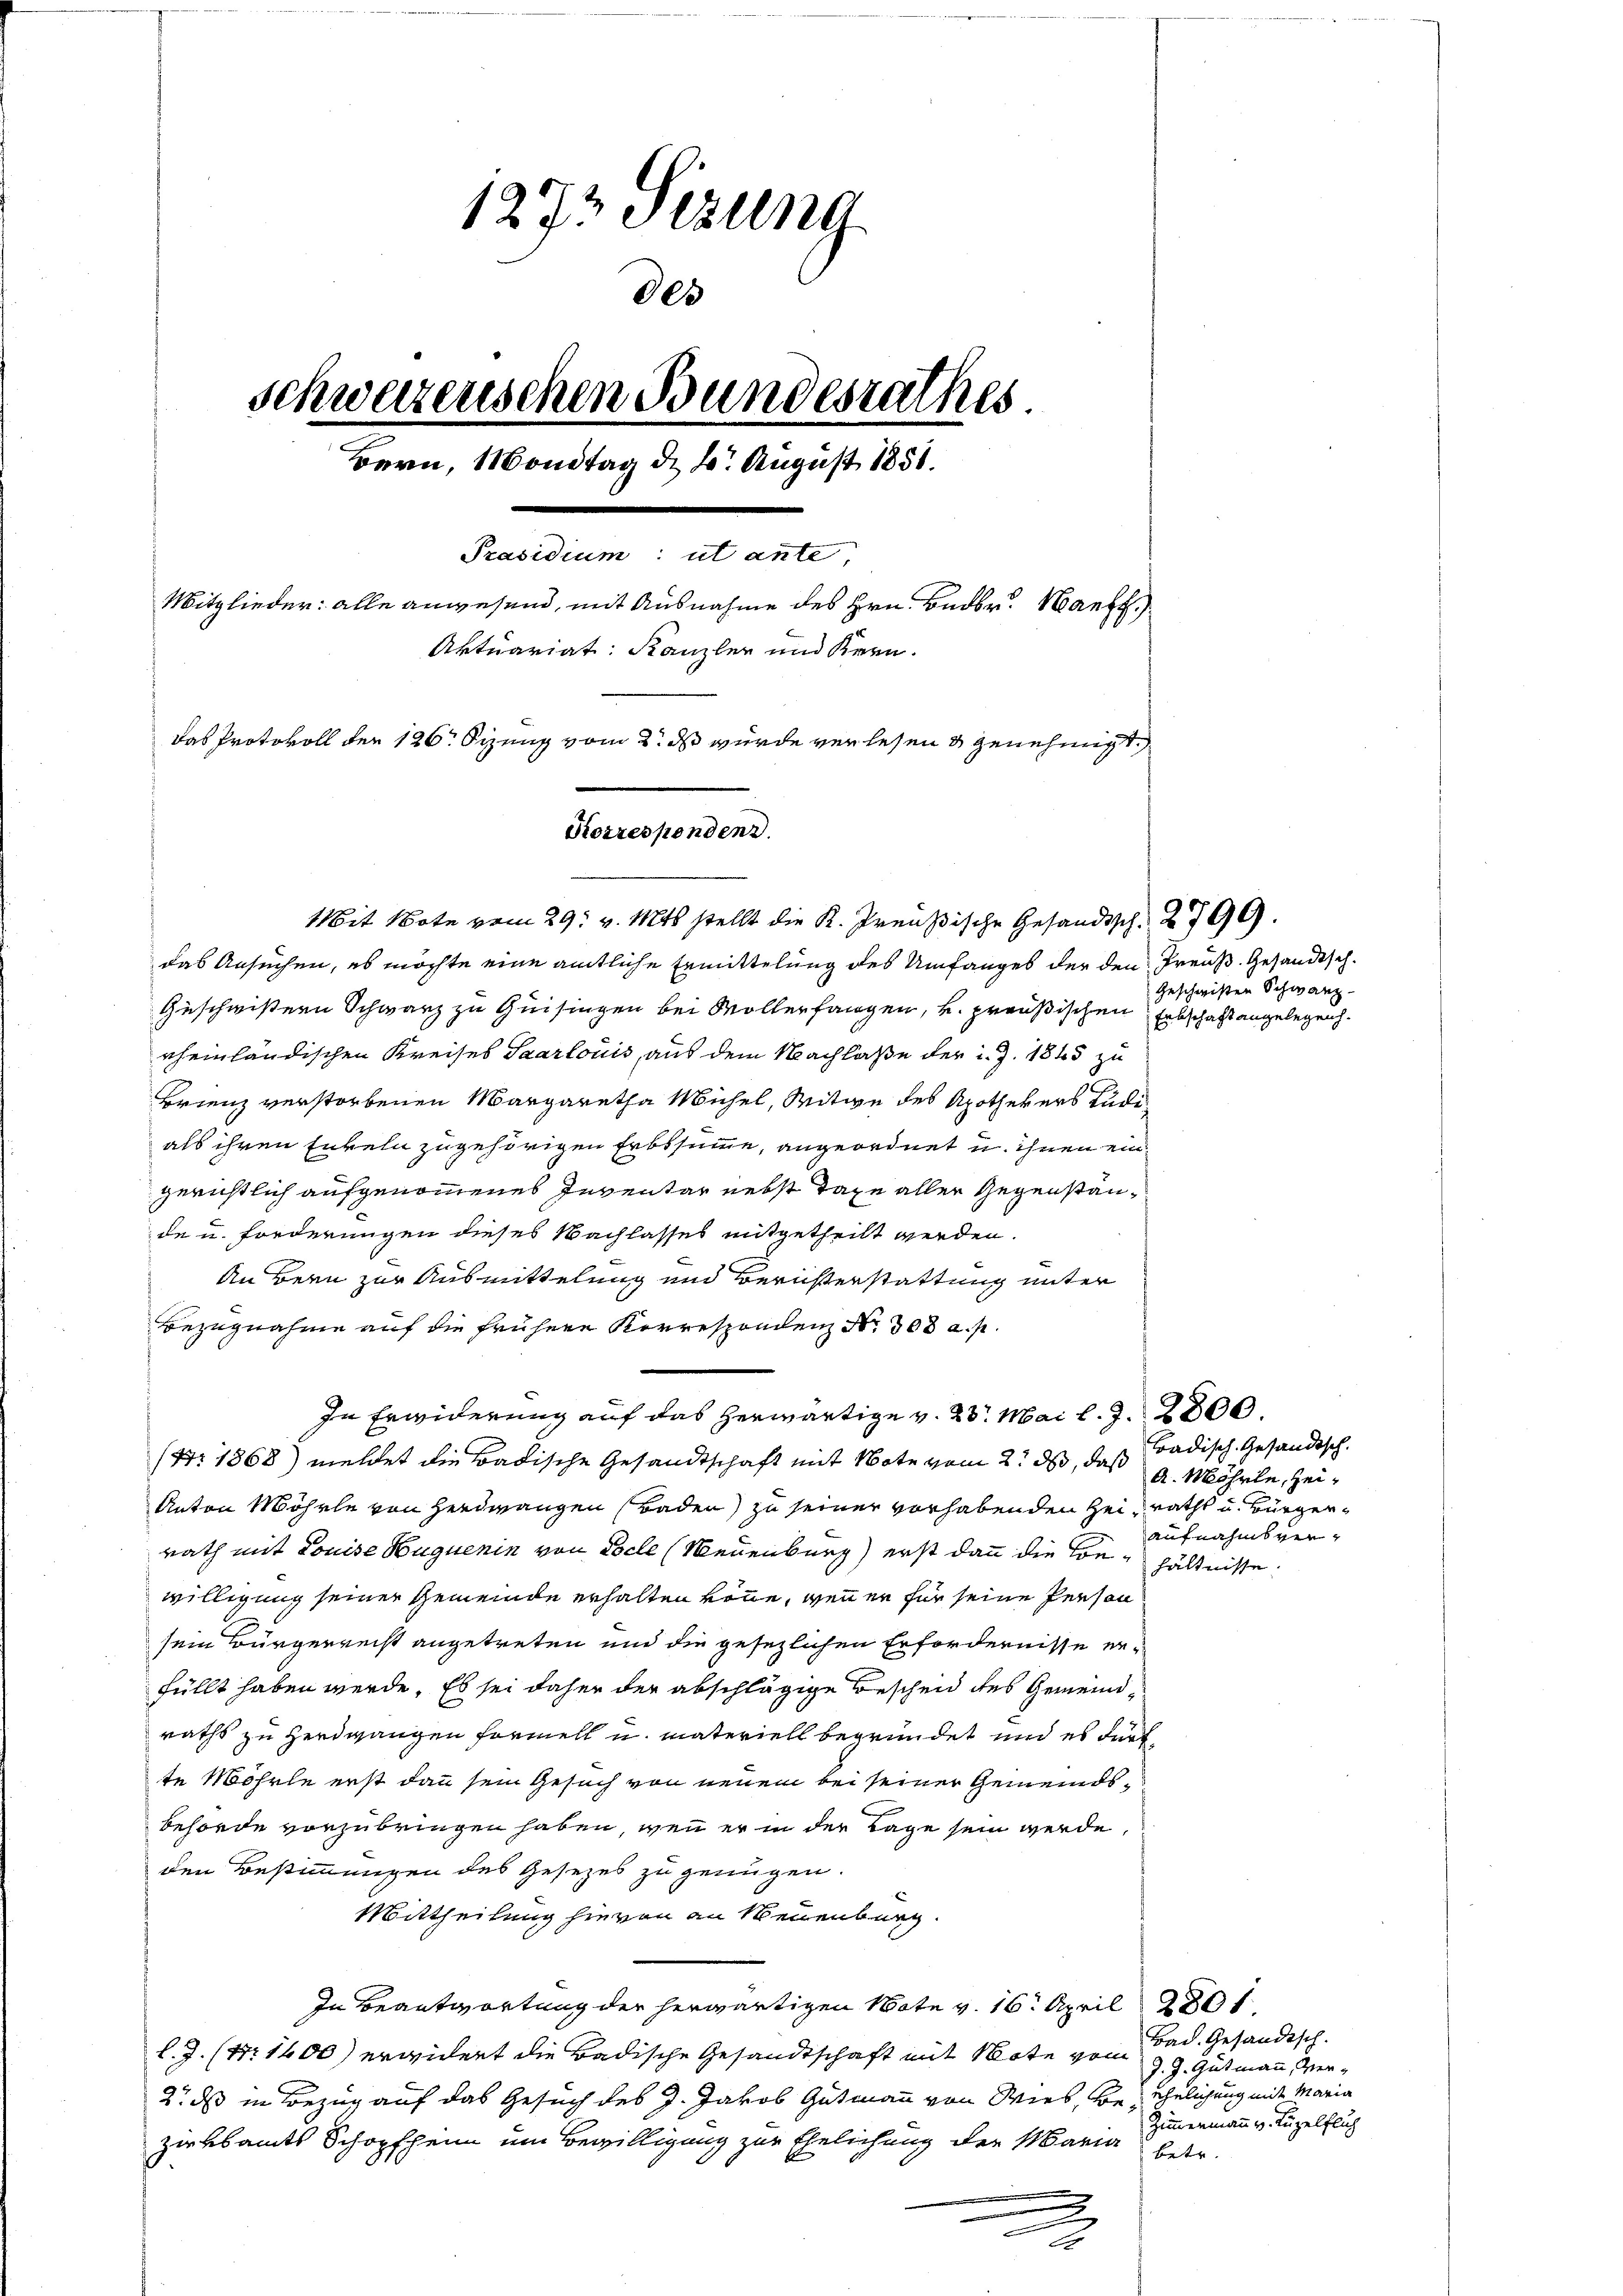
1273 Stzung
Des
schweizenschen Bundesrathes
Bern, Mondtag d. 2. August 1858.
Präsidium: ut ante
Mitglieder: alle anwesend, mit Ausnahme des Hrn. Badbr. Hanf
Aktuariat: Kanzler und Kern.
das Protokoll der 126. Sizung vom 2. ds wurde verlesen & genehmigt.
Korrespondenz.

Mit Note vom 29. v. Mts. stellt die K. Preußische Gesandtsch. 2799.
das Ansuchen, es möchte eine amtliche Ermittelung des Umfanges der den Preuß. Gesandtsch¬
Geschwistern Schwarz zu Quisingen bei Wollerfangen, u. preußischen Erbschaft angelegenh
rheinländischen Kreises Saarlouis, aus dem Nachlaße der d. J. 1865 zu
Brienz verstorbenen Margaretha Michel, Witwe des Apothekers Lüde
als ihren Enkeln zugehörigen Erbssumme, angeordnet u. ihnen eingerichtlich aufgenommenes Inventar nebst Tage aller Gegenstände u. forderungen dieses Nachlasses mitgetheilt werden.
An Bern zur Ausmittelung und Berichterstattung unter
Bezugnahme auf die frühere Korrespondenz No. 308 a. p.
In Erwiderung auf das herwärtige v. 28. Mai l. J. 2800.
(Nr. 1868) meldet die Badische Gesandtschaft mit Note vom 2. ds, daß
Anton Möhrle von Herdwangen Baden) zu seiner vorhabenden Heiraths u. Bürgerrath mit Louise Huguenin von Pocle (Neuenburg) erst dann die Con¬ hältnisse.
willigung seiner Gemeinde erhalten könne, wenn er für seine Person
sein Bürgerrecht angetreten und die gesezlichen Erfordernisse erfüllt haben werde. Es sei daher der abschlägige Bescheid des Gemeindraths zu Herdgangen formell u. materiell begründet und es dürf
te Möhrle erst dann sein Gesuch von neuem bei seiner Gemeindsbehörde vorzubringen haben, wenn er in der Tage sein werde,
den Bestimmungen des Gesezes zu genügen.
Mittheilung hievon an Neuenburg.
In Beantwortung der herwärtigen Note v. 16. April 1801.
l.J. (N. 1400) erwidert die Badische Gesandtschaft mit Note vom
2o ds in Bezug auf das Gesuch des J. Jakob Gutmann von Wies, be- ehelichung mit Maria
zirksamts Schopfheim um Bewilligung zur Ehelichung der Maria
.

Geschwisten Schwanz

.

Badisch-Gesandtsch.
A Möhrle, zeiaufnahmsver-

Bad. Gesandtsch.
J. J. Gutmann, Ver¬
Zimmermann v. Kugelflich
betr.